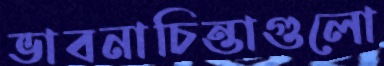
ভাবনাচিন্তাগুলো